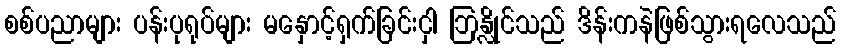
စစ်ပညာများ ပန်းပုရုပ်များ မနှောင့်ရှက်ခြင်းငှါ ဘြန္လိုင်သည် ဒိန်းကနဲဖြစ်သွားရလေသည်